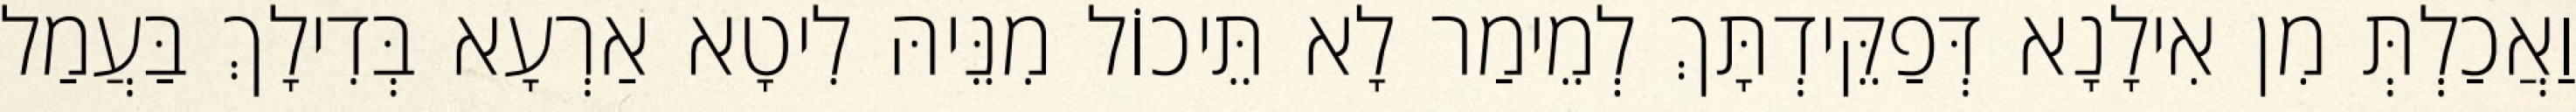
וַאֲכַלְתְּ מִן אִילָנָא דְּפַקֵּידְתָּךְ לְמֵימַר לָא תֵּיכוֹל מִנֵּיהּ לִיטָא אַרְעָא בְּדִילָךְ בַּעֲמַל